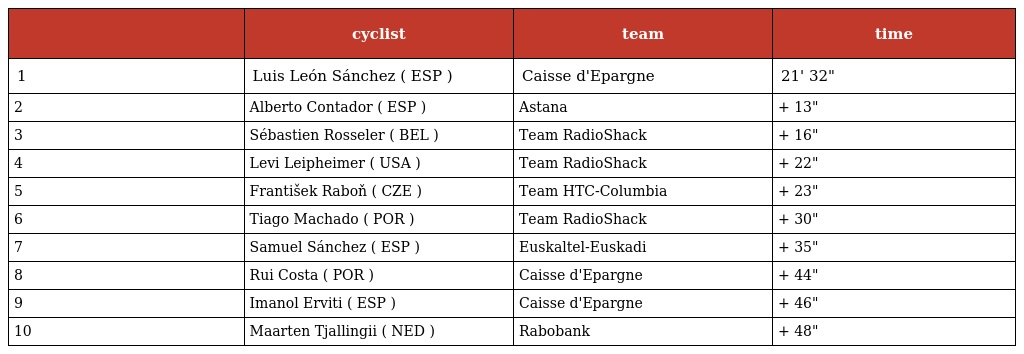
|  | cyclist | team | time |
 | --- | --- | --- | --- |
 | 1 | Luis León Sánchez ( ESP ) | Caisse d'Epargne | 21' 32" |
 | 2 | Alberto Contador ( ESP ) | Astana | + 13" |
 | 3 | Sébastien Rosseler ( BEL ) | Team RadioShack | + 16" |
 | 4 | Levi Leipheimer ( USA ) | Team RadioShack | + 22" |
 | 5 | František Raboň ( CZE ) | Team HTC-Columbia | + 23" |
 | 6 | Tiago Machado ( POR ) | Team RadioShack | + 30" |
 | 7 | Samuel Sánchez ( ESP ) | Euskaltel-Euskadi | + 35" |
 | 8 | Rui Costa ( POR ) | Caisse d'Epargne | + 44" |
 | 9 | Imanol Erviti ( ESP ) | Caisse d'Epargne | + 46" |
 | 10 | Maarten Tjallingii ( NED ) | Rabobank | + 48" |